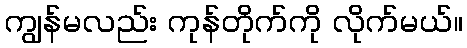
ကျွန်မလည်း ကုန်တိုက်ကို လိုက်မယ်။